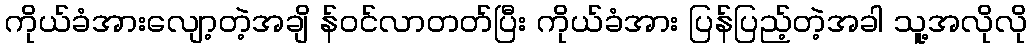
ကိုယ်ခံအားလျော့တဲ့အချိ န်ဝင်လာတတ်ပြီး ကိုယ်ခံအား ပြန်ပြည့်တဲ့အခါ သူ့အလိုလို